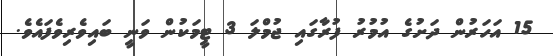
15 އަހަރުން ދަށުގެ އުމުރު ފުރާގައި ޖުމްލަ 3 ޓީމަކުން ވަނީ ބައިވެރިވެފައެވެ.